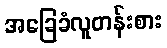
အခြေခံလူတန်းစား